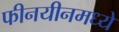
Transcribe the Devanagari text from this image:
फीनयीनमध्ये